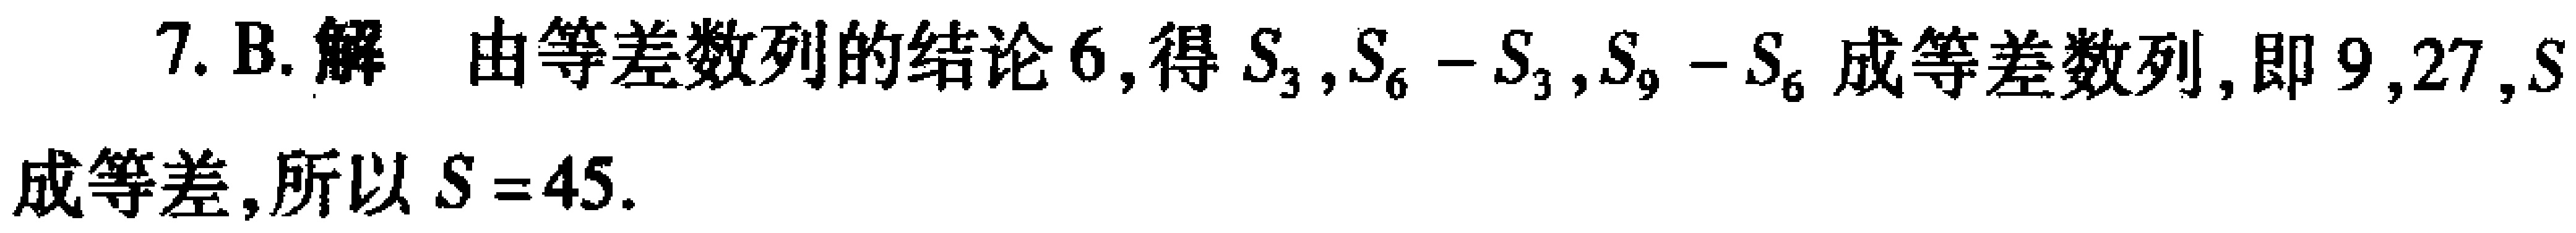
7. B. 解 由等差数列的结论6,得\(S_{3},S_{6}-S_{3},S_{9}-S_{6}\)成等差数列,即\(9,27,S\)成等差,所以\(S = 45\).